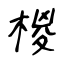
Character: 椶